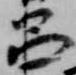
呂